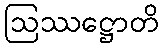
ဩဿဋ္ဌောတိ